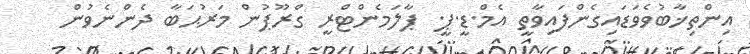
އިންތިޚާބުވެވަޑައިގެންފައިވާތީ އެމް.ޑީ.ޕީ. ޕާލަމެންޓްރީ ގްރޫޕުން މަރުޙަބާ ދެންނެވުން